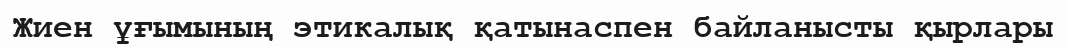
Жиен ұғымының этикалық қатынаспен байланысты қырлары